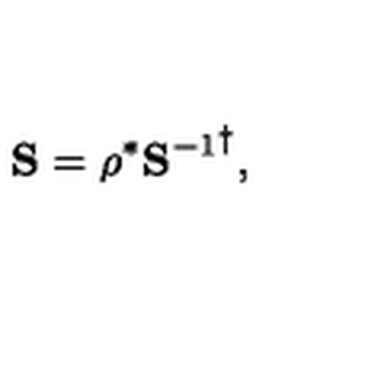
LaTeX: { \bf S } = \rho ^ { * } { { \bf S } ^ { - 1 } } ^ { \dagger } ,